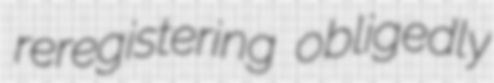
reregistering obligedly